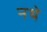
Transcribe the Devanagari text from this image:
नथे